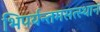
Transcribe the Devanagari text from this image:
भिपर्यन्तमसत्स्थानं